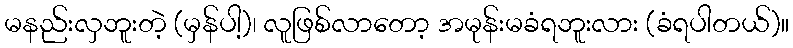
မနည်းလှဘူးတဲ့ (မှန်ပါ့)၊ လူဖြစ်လာတော့ အမုန်းမခံရဘူးလား (ခံရပါတယ်)။